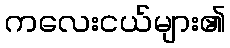
ကလေးငယ်များ၏